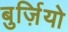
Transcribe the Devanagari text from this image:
बुर्ज़ियो